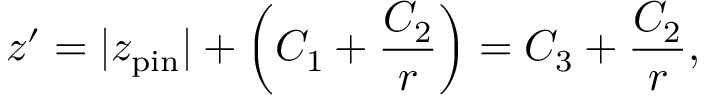
z ^ { \prime } = \vert z _ { \mathrm { p i n } } \vert + \left( C _ { 1 } + \frac { C _ { 2 } } { r } \right) = C _ { 3 } + \frac { C _ { 2 } } { r } ,